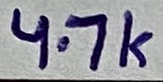
Text: 4.7K